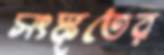
সংস্কৃতের